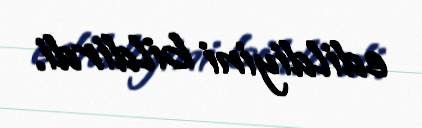
edildiyini bildirdi.